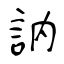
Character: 訥